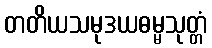
တတိယသမုဒယဓမ္မသုတ္တံ